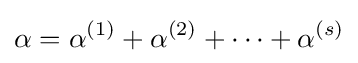
\alpha =\alpha ^{(1)}+\alpha ^{(2)}+\cdots +\alpha ^{(s)}